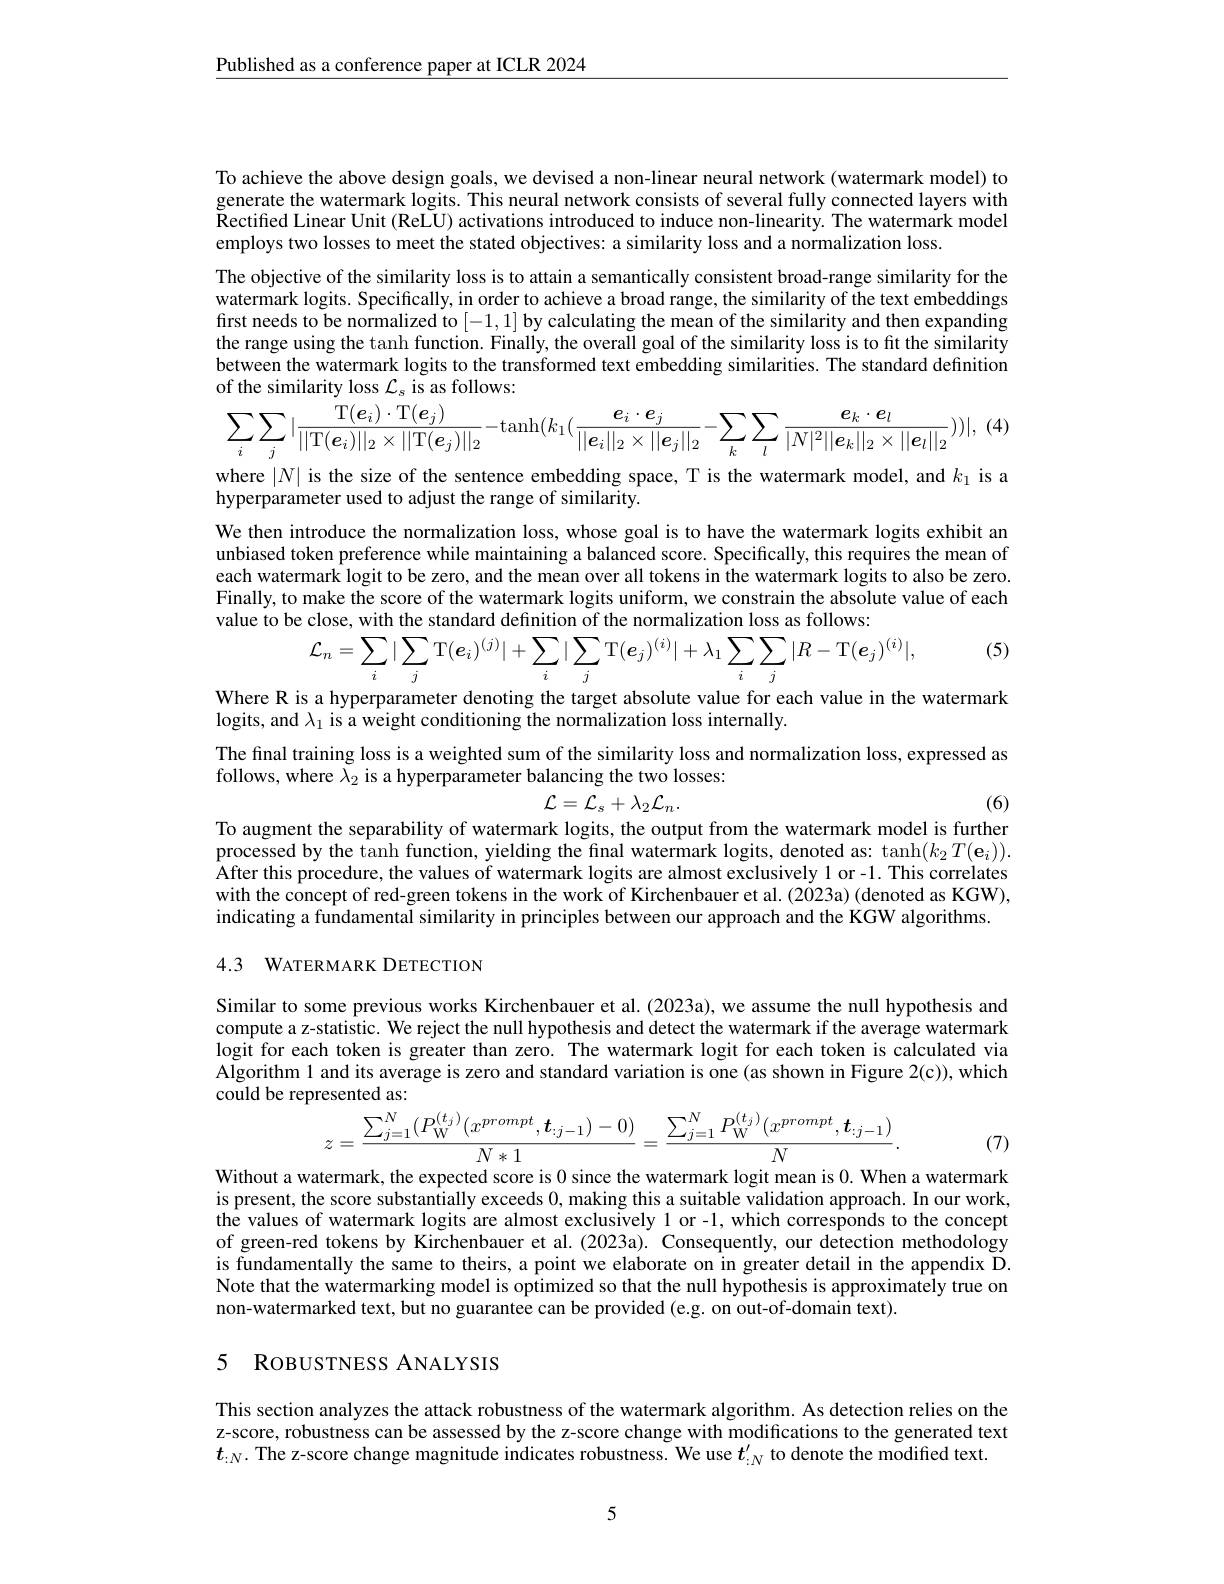
$\underline{\text{Published as a conference paper at ICLR 2024}}$

To achieve the above design goals, we devised a non-linear neural network (watermark model) to generate the watermark logits. This neural network consists of several fully connected layers with Rectifed Linear Unit ( ReLU) activations introduced to induce non- linearity. The watermark model employs two losses to meet the stated objectives: a similarity loss and a normalization loss.
The objective of the similarity loss is to attain a semantically consistent broad-range similarity for the watermark logits. Specifically, in order to achieve a broad range, the similarity of the text embeddings first needs to be normalized to [-1,1] by calculating the mean of the similarity and then expanding the range using the tanh function. Finally, the overall goal of the similarity loss is to fit the similarity between the watermark logits to the transformed text embedding similarities. The standard definition of the similarity loss $\mathcal{L}_s$ is as follows:
$$\sum_{i}\sum_{j}|\frac{\mathrm{T}(\boldsymbol{e}_{i})\cdot\mathrm{T}(\boldsymbol{e}_{j})}{||\mathrm{T}(\boldsymbol{e}_{i})||_{2}\times||\mathrm{T}(\boldsymbol{e}_{j})||_{2}}-\mathrm{tanh}(k_{1}(\frac{e_{i}\cdot e_{j}}{||\boldsymbol{e}_{i}||_{2}\times||\boldsymbol{e}_{j}||_{2}}-\sum_{k}\sum_{l}\frac{e_{k}\cdot e_{l}}{|N|^{2}||\boldsymbol{e}_{k}||_{2}\times||\boldsymbol{e}_{l}||_{2}}))|,$$
(4

where $|N|$ is the size of the sentence embedding space, T is the watermark model, and $k_1$ is a
hyperparameter used to adjust the range of similarity.

We then introduce the normalization loss, whose goal is to have the watermark logits exhibit an unbiased token preference while maintaining a balanced score. Specifically, this requires the mean of each watermark logit to be zero, and the mean over all tokens in the watermark logits to also be zero. Finally, to make the score of the watermark logits uniform, we constrain the absolute value of each value to be close, with the standard definition of the normalization loss as follows:
$$\mathcal{L}_{n}=\sum_{i}|\sum_{j}\mathrm{T}(e_{i})^{(j)}|+\sum_{i}|\sum_{j}\mathrm{T}(e_{j})^{(i)}|+\lambda_{1}\sum_{i}\sum_{j}|R-\mathrm{T}(e_{j})^{(i)}|,$$
(5)

Where R is a hyperparameter denoting the target absolute value for each value in the watermark

logits, and $\lambda_1$ is a weight conditioning the normalization loss internally.

The final training loss is a weighted sum of the similarity loss and normalization loss, expressed as
follows, where $\lambda_2$ is a hyperparameter balancing the two losses:
$$\mathcal{L}=\mathcal{L}_{s}+\lambda_{2}\mathcal{L}_{n}.$$
To augment the separability of watermark logits, the output from the watermark model is further

(6)

processed by the tanh function, yielding the final watermark logits, denoted as: tanh$(k_2T(\mathbf{e}_i)).$ $\hat{\text{After this procedure, the values of watermark logits are almost exclusively }1\mathrm{~or~-1.~This~correlates}}$ with the concept of red-green tokens in the work of Kirchenbauer et al. (2023a) (denoted as KGW), indicating a fundamental similarity in principles between our approach and the KGW algorithms. 4.3 WATERMARK DETECTION

Similar to some previous works Kirchenbauer et al. (2023a), we assume the null hypothesis and compute a z-statistic. We reject the null hypothesis and detect the watermark if the average watermark logit for each token is greater than zero. The watermark logit for each token is calculated via Algorithm 1 and its average is zero and standard variation is one (as shown in Figure 2(c)), which could be represented as:
$$z=\frac{\sum_{j=1}^{N}(P_{\mathrm{W}}^{(t_{j})}(x^{prompt},t_{:j-1})-0)}{N*1}=\frac{\sum_{j=1}^{N}P_{\mathrm{W}}^{(t_{j})}(x^{prompt},t_{:j-1})}{N}.$$
(7)

Without a watermark, the expected score is 0 since the watermark logit mean is 0. When a watermark is present, the score substantially exceeds 0, making this a suitable validation approach. In our work, the values of watermark logits are almost exclusively 1 or -1, which corresponds to the concept of green-red tokens by Kirchenbauer et al. (2023a). Consequently, our detection methodology is fundamentally the same to theirs, a point we elaborate on in greater detail in the appendix D. Note that the watermarking model is optimized so that the null hypothesis is approximately true on non-watermarked text, but no guarantee can be provided (e.g. on out-of-domain text).

## 5 RoBUSTNESS ANALYSIS

This section analyzes the attack robustness of the watermark algorithm. As detection relies on the z-score, robustness can be assessed by the z-score change with modifications to the generated text $\boldsymbol{t}_{:N}.$ The z-score change magnitude indicates robustness. We use $\boldsymbol{t}_{:N}^{\prime}$ to denote the modified text.

5